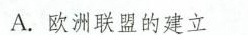
A.欧洲联盟的建立